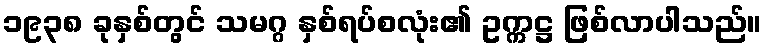
၁၉၃၈ ခုနှစ်တွင် သမဂ္ဂ နှစ်ရပ်စလုံး၏ ဥက္ကဋ္ဌ ဖြစ်လာပါသည်။